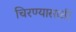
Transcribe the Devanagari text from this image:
चिरण्यासाठी